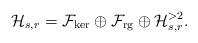
LaTeX: \begin{align*}\mathcal H_{s,r}= \mathcal F_{{\rm ker}}\oplus \mathcal F_{{\rm rg}}\oplus \mathcal H_{s,r}^{>2}.\end{align*}